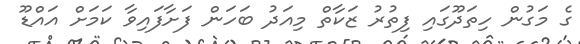
ގެ މަގުން ހިތަދޫގައި ފިތުރު ޒަކާތް މިއަދު ބަހަން ފަށާފައިވާ ކަމަށް އައްޑޫ